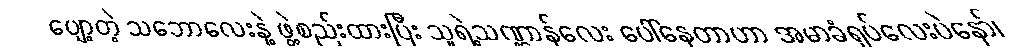
ပျော့တဲ့ သဘောလေးနဲ့ ဖွဲ့စည်းထားပြီး သူရဲ့သဏ္ဌာန်လေး ပေါ်နေတာဟာ အမာခံရုပ်လေးပဲနော်၊